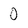
Character: 0